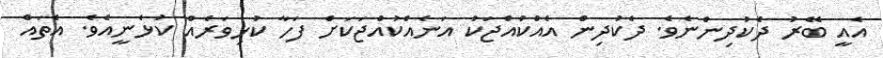
އެއީ ބޭރު ދެކުދިންނެވެ. ދެކުދިން އެއްކުއްޖަކު އަނެއްކުއްޖަކަށް ފަހާ ކުޅިވަރެއް ކުޅެނީއެވެ. އެތައް